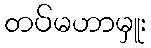
တပ်မဟာမှူး